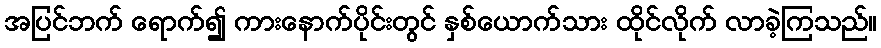
အပြင်ဘက် ရောက်၍ ကားနောက်ပိုင်းတွင် နှစ်ယောက်သား ထိုင်လိုက် လာခဲ့ကြသည်။